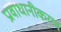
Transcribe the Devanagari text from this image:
प्रावाधानीकरण